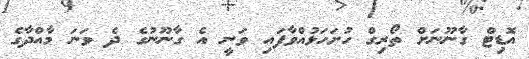
އޮޑިޓް ގާނޫނަށް ތޯރިގް ހުށަހަޅުއްވާފައި ވަނީ އެ ގާނޫނުގެ ދެ ވަނަ މާއްދާގެ